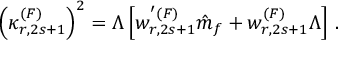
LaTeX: \left( \kappa _ { r , 2 s + 1 } ^ { ( F ) } \right) ^ { 2 } = \Lambda \left[ w _ { r , 2 s + 1 } ^ { ' ( F ) } \hat { m } _ { f } + w _ { r , 2 s + 1 } ^ { ( F ) } \Lambda \right] \, .